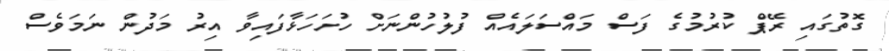
ގޮތުގައި ރޭޕް ކުރުމުގެ ފަސް މައްސަލައެއް ފުލުހުންނަށް ހުށަހަޅާފައިވާ އިރު މަދުން ނަމަވެސް